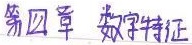
第四章 数字特征